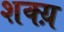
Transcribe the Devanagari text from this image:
शक्य़